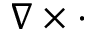
\nabla \times \cdot